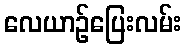
လေယာဉ်ပြေးလမ်း